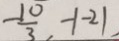
- \frac { 1 0 } { 3 } , - \vert - 2 \vert